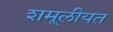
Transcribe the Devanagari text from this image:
शमूलीयत